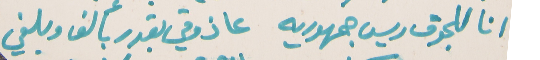
انا للجوق ريس جمهوريه   عا ذوقي بقدر بألف وبلغي